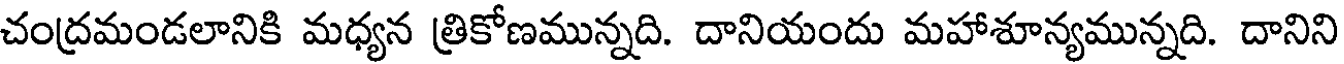
చంద్రమండలానికి మధ్యన త్రికోణమున్నది. దానియందు మహాశూన్యమున్నది. దానిని